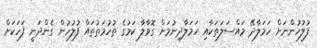
ފުލުހުންނަށް ހަމަލާދޭ މައްސަލަތަކާއި ހަމަލާދިނުމަށް ގޮވާލާ ކަމުގެ ތުހުމަތުތައް ފުލުހުން ގެންދަނީ ފަހަކަށް